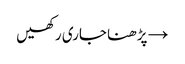
→ پڑھنا جاری رکھیں